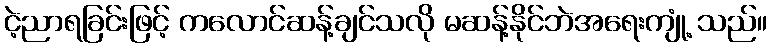
ငဲ့ညာရခြင်းဖြင့် ကလောင်ဆန့်ချင်သလို မဆန့်နိုင်ဘဲအရေးကျုံ့ သည်။